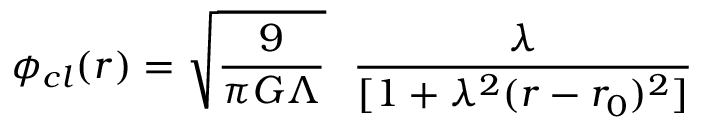
\phi _ { c l } ( r ) = { \sqrt { \frac { 9 } { \pi G \Lambda } } } ~ ~ \frac { \lambda } { [ 1 + \lambda ^ { 2 } ( r - r _ { 0 } ) ^ { 2 } ] }